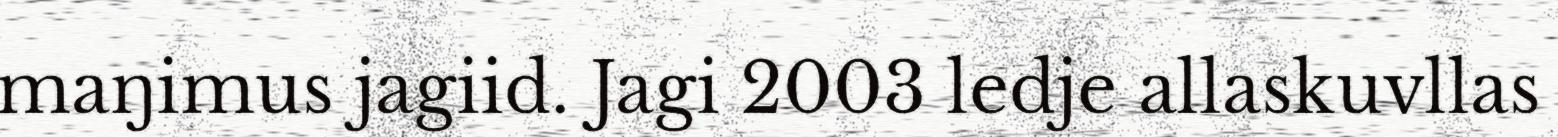
maŋimus jagiid. Jagi 2003 ledje allaskuvllas